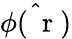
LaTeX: \hat{\phi(\mathrm{~\mathbf~r~})}